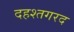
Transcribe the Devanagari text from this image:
दहश्तगरद